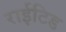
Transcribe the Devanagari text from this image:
राईटिड